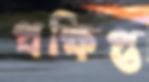
প্রক্ষিপ্ত